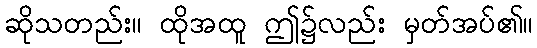
ဆိုသတည်း။ ထိုအထူ ဤ၌လည်း မှတ်အပ်၏။